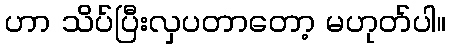
ဟာ သိပ်ပြီးလှပတာတော့ မဟုတ်ပါ။